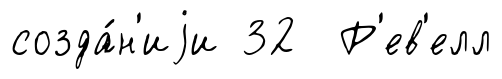
созда́н'иjи 32 Р'ев'елл